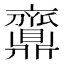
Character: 𪔉